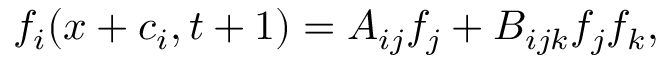
f _ { i } ( x + c _ { i } , t + 1 ) = A _ { i j } f _ { j } + B _ { i j k } f _ { j } f _ { k } ,